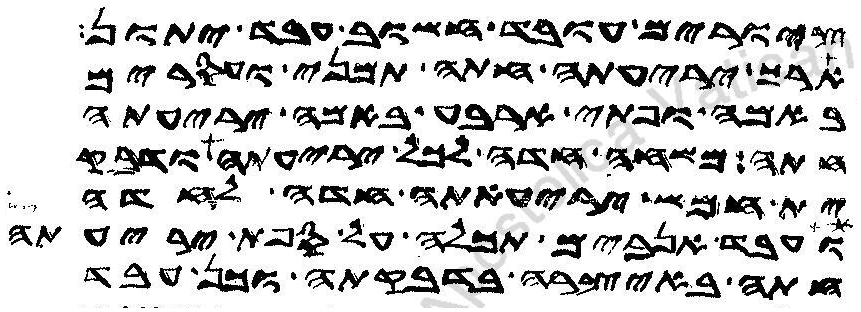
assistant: ציורים עובד חשוב עבד יתון
ארך יריעתה חתה תמני ועסרים
באמה ופתי ארבע באמה יריעתה
חתה משחה חדה לכל יריעתה ודבק
ית חמש יריעתה חדה לחדה
ועבד אנבים תכלה על ספת יריעתה
חתה באיצרה בדבקתה וכן עבד